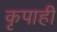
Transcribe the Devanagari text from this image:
कृपाही